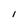
Character: I